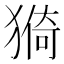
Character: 𱮕